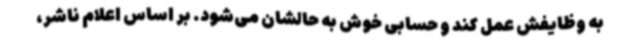
به وظایفش عمل کند و حسابی خوش به حالشان می‌شود. بر اساس اعلام ناشر،